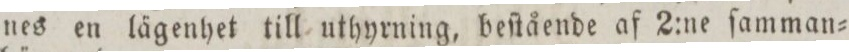
nes en lägenhet till uthyrning, beſtående af 2:ne ſamman=